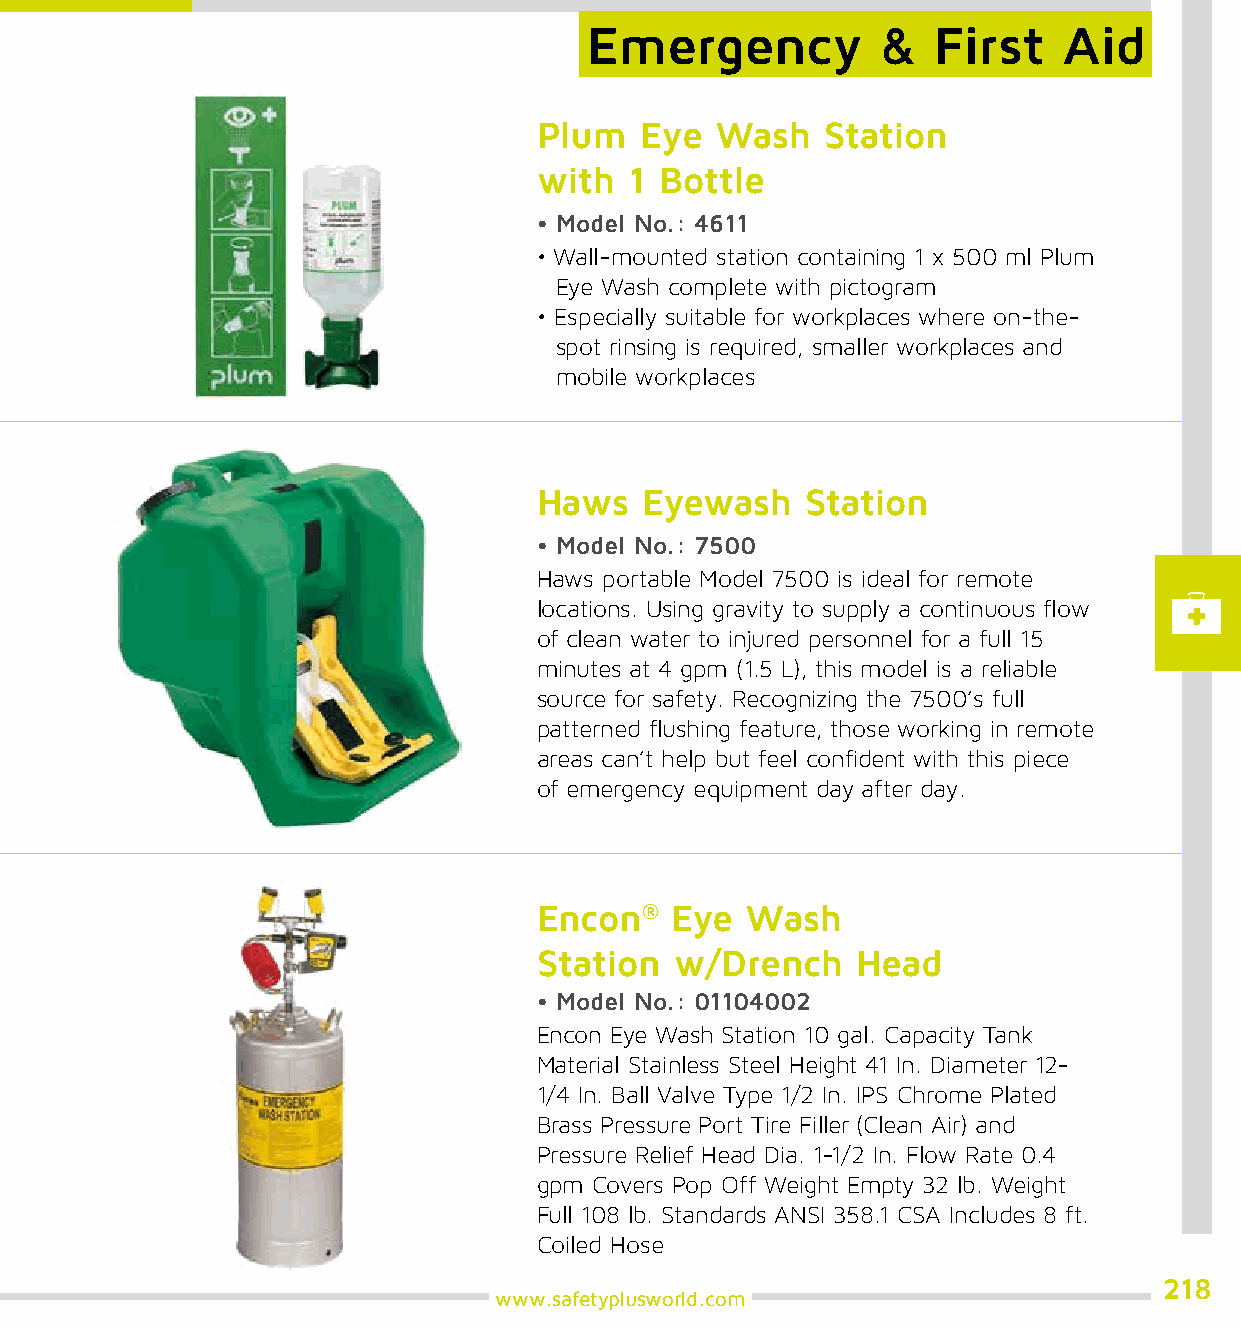
Emergency          &   First   Aid
 Plum  Eye  Wash    Station
 with  1 Bottle
 • Model No.: 4611
 • Wall-mounted station containing 1 x 500 ml Plum
 Eye Wash complete with pictogram
 • Especially suitable for workplaces where on-the-
 spot rinsing is required, smaller workplaces and
 mobile workplaces
 Haws   Eyewash   Station
 • Model No.: 7500
 Haws portable Model 7500 is ideal for remote
 locations. Using gravity to supply a continuous flow
 of clean water to injured personnel for a full 15
 minutes at 4 gpm (1.5 L), this model is a reliable
 source for safety. Recognizing the 7500’s full
 patterned flushing feature, those working in remote
 areas can’t help but feel confident with this piece
 of emergency equipment day after day.
 Encon®  Eye  Wash
 Station  w/Drench    Head
 • Model No.: 01104002
 Encon Eye Wash Station 10 gal. Capacity Tank
 Material Stainless Steel Height 41 In. Diameter 12-
 1/4 In. Ball Valve Type 1/2 In. IPS Chrome Plated
 Brass Pressure Port Tire Filler (Clean Air) and
 Pressure Relief Head Dia. 1-1/2 In. Flow Rate 0.4
 gpm Covers Pop Off Weight Empty 32 lb. Weight
 Full 108 lb. Standards ANSI 358.1 CSA Includes 8 ft.
 Coiled Hose
 218
 www.safetyplusworld.com